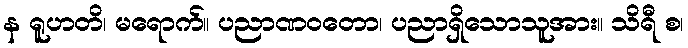
န ရူဟတိ၊ မရောက်။ ပညာဏဝတော၊ ပညာရှိသောသူအား။ သိရီ စ၊